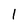
Character: 1